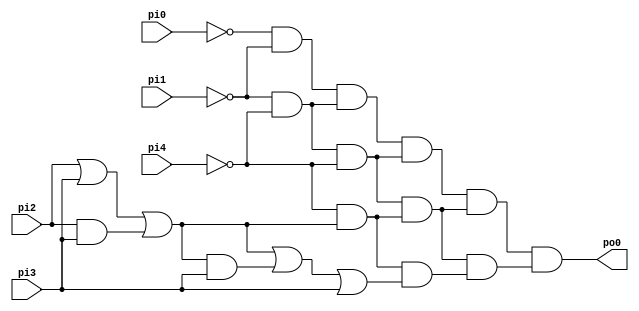
module test_11( pi0, pi1, pi2, pi3, pi4, po0 );
  input pi0, pi1, pi2, pi3, pi4;
  output po0;
  wire tmp0;
  assign tmp0 = ~pi0;
  wire tmp1;
  assign tmp1 = ~pi1;
  wire tmp2;
  assign tmp2 = 1'b0;
  wire tmp3;
  assign tmp3 = (tmp0 & tmp1) | (tmp0 & tmp2) | (tmp1 & tmp2);
  wire tmp4;
  assign tmp4 = ~pi1;
  wire tmp5;
  assign tmp5 = ~pi4;
  wire tmp6;
  assign tmp6 = 1'b0;
  wire tmp7;
  assign tmp7 = (tmp4 & tmp5) | (tmp4 & tmp6) | (tmp5 & tmp6);
  wire tmp8;
  assign tmp8 = 1'b0;
  wire tmp9;
  assign tmp9 = 1'b0;
  wire tmp10;
  assign tmp10 = 1'b0;
  wire tmp11;
  assign tmp11 = (tmp8 & tmp9) | (tmp8 & tmp10) | (tmp9 & tmp10);
  wire tmp12;
  assign tmp12 = (tmp3 & tmp7) | (tmp3 & tmp11) | (tmp7 & tmp11);
  wire tmp13;
  assign tmp13 = ~pi1;
  wire tmp14;
  assign tmp14 = ~pi4;
  wire tmp15;
  assign tmp15 = 1'b0;
  wire tmp16;
  assign tmp16 = (tmp13 & tmp14) | (tmp13 & tmp15) | (tmp14 & tmp15);
  wire tmp17;
  assign tmp17 = ~pi4;
  wire tmp18;
  assign tmp18 = 1'b1;
  wire tmp19;
  assign tmp19 = 1'b0;
  wire tmp20;
  assign tmp20 = (tmp17 & tmp18) | (tmp17 & tmp19) | (tmp18 & tmp19);
  wire tmp21;
  assign tmp21 = 1'b0;
  wire tmp22;
  assign tmp22 = 1'b0;
  wire tmp23;
  assign tmp23 = 1'b0;
  wire tmp24;
  assign tmp24 = (tmp21 & tmp22) | (tmp21 & tmp23) | (tmp22 & tmp23);
  wire tmp25;
  assign tmp25 = (tmp16 & tmp20) | (tmp16 & tmp24) | (tmp20 & tmp24);
  wire tmp26;
  assign tmp26 = 1'b0;
  wire tmp27;
  assign tmp27 = 1'b0;
  wire tmp28;
  assign tmp28 = 1'b0;
  wire tmp29;
  assign tmp29 = (tmp26 & tmp27) | (tmp26 & tmp28) | (tmp27 & tmp28);
  wire tmp30;
  assign tmp30 = 1'b0;
  wire tmp31;
  assign tmp31 = 1'b0;
  wire tmp32;
  assign tmp32 = 1'b0;
  wire tmp33;
  assign tmp33 = (tmp30 & tmp31) | (tmp30 & tmp32) | (tmp31 & tmp32);
  wire tmp34;
  assign tmp34 = 1'b0;
  wire tmp35;
  assign tmp35 = 1'b0;
  wire tmp36;
  assign tmp36 = 1'b0;
  wire tmp37;
  assign tmp37 = (tmp34 & tmp35) | (tmp34 & tmp36) | (tmp35 & tmp36);
  wire tmp38;
  assign tmp38 = (tmp29 & tmp33) | (tmp29 & tmp37) | (tmp33 & tmp37);
  wire tmp39;
  assign tmp39 = (tmp12 & tmp25) | (tmp12 & tmp38) | (tmp25 & tmp38);
  wire tmp40;
  assign tmp40 = ~pi1;
  wire tmp41;
  assign tmp41 = ~pi4;
  wire tmp42;
  assign tmp42 = 1'b0;
  wire tmp43;
  assign tmp43 = (tmp40 & tmp41) | (tmp40 & tmp42) | (tmp41 & tmp42);
  wire tmp44;
  assign tmp44 = ~pi4;
  wire tmp45;
  assign tmp45 = 1'b1;
  wire tmp46;
  assign tmp46 = 1'b0;
  wire tmp47;
  assign tmp47 = (tmp44 & tmp45) | (tmp44 & tmp46) | (tmp45 & tmp46);
  wire tmp48;
  assign tmp48 = 1'b0;
  wire tmp49;
  assign tmp49 = 1'b0;
  wire tmp50;
  assign tmp50 = 1'b0;
  wire tmp51;
  assign tmp51 = (tmp48 & tmp49) | (tmp48 & tmp50) | (tmp49 & tmp50);
  wire tmp52;
  assign tmp52 = (tmp43 & tmp47) | (tmp43 & tmp51) | (tmp47 & tmp51);
  wire tmp53;
  assign tmp53 = ~pi4;
  wire tmp54;
  assign tmp54 = 1'b1;
  wire tmp55;
  assign tmp55 = 1'b0;
  wire tmp56;
  assign tmp56 = (tmp53 & tmp54) | (tmp53 & tmp55) | (tmp54 & tmp55);
  wire tmp57;
  assign tmp57 = 1'b1;
  wire tmp58;
  assign tmp58 = pi2;
  wire tmp59;
  assign tmp59 = pi3;
  wire tmp60;
  assign tmp60 = (tmp57 & tmp58) | (tmp57 & tmp59) | (tmp58 & tmp59);
  wire tmp61;
  assign tmp61 = 1'b0;
  wire tmp62;
  assign tmp62 = pi3;
  wire tmp63;
  assign tmp63 = 1'b0;
  wire tmp64;
  assign tmp64 = (tmp61 & tmp62) | (tmp61 & tmp63) | (tmp62 & tmp63);
  wire tmp65;
  assign tmp65 = (tmp56 & tmp60) | (tmp56 & tmp64) | (tmp60 & tmp64);
  wire tmp66;
  assign tmp66 = 1'b0;
  wire tmp67;
  assign tmp67 = 1'b0;
  wire tmp68;
  assign tmp68 = 1'b0;
  wire tmp69;
  assign tmp69 = (tmp66 & tmp67) | (tmp66 & tmp68) | (tmp67 & tmp68);
  wire tmp70;
  assign tmp70 = 1'b0;
  wire tmp71;
  assign tmp71 = pi3;
  wire tmp72;
  assign tmp72 = 1'b0;
  wire tmp73;
  assign tmp73 = (tmp70 & tmp71) | (tmp70 & tmp72) | (tmp71 & tmp72);
  wire tmp74;
  assign tmp74 = 1'b0;
  wire tmp75;
  assign tmp75 = 1'b0;
  wire tmp76;
  assign tmp76 = 1'b0;
  wire tmp77;
  assign tmp77 = (tmp74 & tmp75) | (tmp74 & tmp76) | (tmp75 & tmp76);
  wire tmp78;
  assign tmp78 = (tmp69 & tmp73) | (tmp69 & tmp77) | (tmp73 & tmp77);
  wire tmp79;
  assign tmp79 = (tmp52 & tmp65) | (tmp52 & tmp78) | (tmp65 & tmp78);
  wire tmp80;
  assign tmp80 = 1'b0;
  wire tmp81;
  assign tmp81 = 1'b0;
  wire tmp82;
  assign tmp82 = 1'b0;
  wire tmp83;
  assign tmp83 = (tmp80 & tmp81) | (tmp80 & tmp82) | (tmp81 & tmp82);
  wire tmp84;
  assign tmp84 = 1'b0;
  wire tmp85;
  assign tmp85 = 1'b0;
  wire tmp86;
  assign tmp86 = 1'b0;
  wire tmp87;
  assign tmp87 = (tmp84 & tmp85) | (tmp84 & tmp86) | (tmp85 & tmp86);
  wire tmp88;
  assign tmp88 = 1'b0;
  wire tmp89;
  assign tmp89 = 1'b0;
  wire tmp90;
  assign tmp90 = 1'b0;
  wire tmp91;
  assign tmp91 = (tmp88 & tmp89) | (tmp88 & tmp90) | (tmp89 & tmp90);
  wire tmp92;
  assign tmp92 = (tmp83 & tmp87) | (tmp83 & tmp91) | (tmp87 & tmp91);
  wire tmp93;
  assign tmp93 = 1'b0;
  wire tmp94;
  assign tmp94 = 1'b0;
  wire tmp95;
  assign tmp95 = 1'b0;
  wire tmp96;
  assign tmp96 = (tmp93 & tmp94) | (tmp93 & tmp95) | (tmp94 & tmp95);
  wire tmp97;
  assign tmp97 = 1'b0;
  wire tmp98;
  assign tmp98 = pi3;
  wire tmp99;
  assign tmp99 = 1'b0;
  wire tmp100;
  assign tmp100 = (tmp97 & tmp98) | (tmp97 & tmp99) | (tmp98 & tmp99);
  wire tmp101;
  assign tmp101 = 1'b0;
  wire tmp102;
  assign tmp102 = 1'b0;
  wire tmp103;
  assign tmp103 = 1'b0;
  wire tmp104;
  assign tmp104 = (tmp101 & tmp102) | (tmp101 & tmp103) | (tmp102 & tmp103);
  wire tmp105;
  assign tmp105 = (tmp96 & tmp100) | (tmp96 & tmp104) | (tmp100 & tmp104);
  wire tmp106;
  assign tmp106 = 1'b0;
  wire tmp107;
  assign tmp107 = 1'b0;
  wire tmp108;
  assign tmp108 = 1'b0;
  wire tmp109;
  assign tmp109 = (tmp106 & tmp107) | (tmp106 & tmp108) | (tmp107 & tmp108);
  wire tmp110;
  assign tmp110 = 1'b0;
  wire tmp111;
  assign tmp111 = 1'b0;
  wire tmp112;
  assign tmp112 = 1'b0;
  wire tmp113;
  assign tmp113 = (tmp110 & tmp111) | (tmp110 & tmp112) | (tmp111 & tmp112);
  wire tmp114;
  assign tmp114 = 1'b0;
  wire tmp115;
  assign tmp115 = 1'b0;
  wire tmp116;
  assign tmp116 = 1'b0;
  wire tmp117;
  assign tmp117 = (tmp114 & tmp115) | (tmp114 & tmp116) | (tmp115 & tmp116);
  wire tmp118;
  assign tmp118 = (tmp109 & tmp113) | (tmp109 & tmp117) | (tmp113 & tmp117);
  wire tmp119;
  assign tmp119 = (tmp92 & tmp105) | (tmp92 & tmp118) | (tmp105 & tmp118);
  wire tmp120;
  assign tmp120 = (tmp39 & tmp79) | (tmp39 & tmp119) | (tmp79 & tmp119);
  wire tmp121;
  assign tmp121 = ~pi1;
  wire tmp122;
  assign tmp122 = ~pi4;
  wire tmp123;
  assign tmp123 = 1'b0;
  wire tmp124;
  assign tmp124 = (tmp121 & tmp122) | (tmp121 & tmp123) | (tmp122 & tmp123);
  wire tmp125;
  assign tmp125 = ~pi4;
  wire tmp126;
  assign tmp126 = 1'b1;
  wire tmp127;
  assign tmp127 = 1'b0;
  wire tmp128;
  assign tmp128 = (tmp125 & tmp126) | (tmp125 & tmp127) | (tmp126 & tmp127);
  wire tmp129;
  assign tmp129 = 1'b0;
  wire tmp130;
  assign tmp130 = 1'b0;
  wire tmp131;
  assign tmp131 = 1'b0;
  wire tmp132;
  assign tmp132 = (tmp129 & tmp130) | (tmp129 & tmp131) | (tmp130 & tmp131);
  wire tmp133;
  assign tmp133 = (tmp124 & tmp128) | (tmp124 & tmp132) | (tmp128 & tmp132);
  wire tmp134;
  assign tmp134 = ~pi4;
  wire tmp135;
  assign tmp135 = 1'b1;
  wire tmp136;
  assign tmp136 = 1'b0;
  wire tmp137;
  assign tmp137 = (tmp134 & tmp135) | (tmp134 & tmp136) | (tmp135 & tmp136);
  wire tmp138;
  assign tmp138 = 1'b1;
  wire tmp139;
  assign tmp139 = pi2;
  wire tmp140;
  assign tmp140 = pi3;
  wire tmp141;
  assign tmp141 = (tmp138 & tmp139) | (tmp138 & tmp140) | (tmp139 & tmp140);
  wire tmp142;
  assign tmp142 = 1'b0;
  wire tmp143;
  assign tmp143 = pi3;
  wire tmp144;
  assign tmp144 = 1'b0;
  wire tmp145;
  assign tmp145 = (tmp142 & tmp143) | (tmp142 & tmp144) | (tmp143 & tmp144);
  wire tmp146;
  assign tmp146 = (tmp137 & tmp141) | (tmp137 & tmp145) | (tmp141 & tmp145);
  wire tmp147;
  assign tmp147 = 1'b0;
  wire tmp148;
  assign tmp148 = 1'b0;
  wire tmp149;
  assign tmp149 = 1'b0;
  wire tmp150;
  assign tmp150 = (tmp147 & tmp148) | (tmp147 & tmp149) | (tmp148 & tmp149);
  wire tmp151;
  assign tmp151 = 1'b0;
  wire tmp152;
  assign tmp152 = pi3;
  wire tmp153;
  assign tmp153 = 1'b0;
  wire tmp154;
  assign tmp154 = (tmp151 & tmp152) | (tmp151 & tmp153) | (tmp152 & tmp153);
  wire tmp155;
  assign tmp155 = 1'b0;
  wire tmp156;
  assign tmp156 = 1'b0;
  wire tmp157;
  assign tmp157 = 1'b0;
  wire tmp158;
  assign tmp158 = (tmp155 & tmp156) | (tmp155 & tmp157) | (tmp156 & tmp157);
  wire tmp159;
  assign tmp159 = (tmp150 & tmp154) | (tmp150 & tmp158) | (tmp154 & tmp158);
  wire tmp160;
  assign tmp160 = (tmp133 & tmp146) | (tmp133 & tmp159) | (tmp146 & tmp159);
  wire tmp161;
  assign tmp161 = ~pi4;
  wire tmp162;
  assign tmp162 = 1'b1;
  wire tmp163;
  assign tmp163 = 1'b0;
  wire tmp164;
  assign tmp164 = (tmp161 & tmp162) | (tmp161 & tmp163) | (tmp162 & tmp163);
  wire tmp165;
  assign tmp165 = 1'b1;
  wire tmp166;
  assign tmp166 = pi2;
  wire tmp167;
  assign tmp167 = pi3;
  wire tmp168;
  assign tmp168 = (tmp165 & tmp166) | (tmp165 & tmp167) | (tmp166 & tmp167);
  wire tmp169;
  assign tmp169 = 1'b0;
  wire tmp170;
  assign tmp170 = pi3;
  wire tmp171;
  assign tmp171 = 1'b0;
  wire tmp172;
  assign tmp172 = (tmp169 & tmp170) | (tmp169 & tmp171) | (tmp170 & tmp171);
  wire tmp173;
  assign tmp173 = (tmp164 & tmp168) | (tmp164 & tmp172) | (tmp168 & tmp172);
  wire tmp174;
  assign tmp174 = 1'b1;
  wire tmp175;
  assign tmp175 = pi2;
  wire tmp176;
  assign tmp176 = pi3;
  wire tmp177;
  assign tmp177 = (tmp174 & tmp175) | (tmp174 & tmp176) | (tmp175 & tmp176);
  wire tmp178;
  assign tmp178 = pi2;
  wire tmp179;
  assign tmp179 = 1'b1;
  wire tmp180;
  assign tmp180 = 1'b1;
  wire tmp181;
  assign tmp181 = (tmp178 & tmp179) | (tmp178 & tmp180) | (tmp179 & tmp180);
  wire tmp182;
  assign tmp182 = pi3;
  wire tmp183;
  assign tmp183 = 1'b1;
  wire tmp184;
  assign tmp184 = 1'b0;
  wire tmp185;
  assign tmp185 = (tmp182 & tmp183) | (tmp182 & tmp184) | (tmp183 & tmp184);
  wire tmp186;
  assign tmp186 = (tmp177 & tmp181) | (tmp177 & tmp185) | (tmp181 & tmp185);
  wire tmp187;
  assign tmp187 = 1'b0;
  wire tmp188;
  assign tmp188 = pi3;
  wire tmp189;
  assign tmp189 = 1'b0;
  wire tmp190;
  assign tmp190 = (tmp187 & tmp188) | (tmp187 & tmp189) | (tmp188 & tmp189);
  wire tmp191;
  assign tmp191 = pi3;
  wire tmp192;
  assign tmp192 = 1'b1;
  wire tmp193;
  assign tmp193 = 1'b0;
  wire tmp194;
  assign tmp194 = (tmp191 & tmp192) | (tmp191 & tmp193) | (tmp192 & tmp193);
  wire tmp195;
  assign tmp195 = 1'b0;
  wire tmp196;
  assign tmp196 = 1'b0;
  wire tmp197;
  assign tmp197 = 1'b0;
  wire tmp198;
  assign tmp198 = (tmp195 & tmp196) | (tmp195 & tmp197) | (tmp196 & tmp197);
  wire tmp199;
  assign tmp199 = (tmp190 & tmp194) | (tmp190 & tmp198) | (tmp194 & tmp198);
  wire tmp200;
  assign tmp200 = (tmp173 & tmp186) | (tmp173 & tmp199) | (tmp186 & tmp199);
  wire tmp201;
  assign tmp201 = 1'b0;
  wire tmp202;
  assign tmp202 = 1'b0;
  wire tmp203;
  assign tmp203 = 1'b0;
  wire tmp204;
  assign tmp204 = (tmp201 & tmp202) | (tmp201 & tmp203) | (tmp202 & tmp203);
  wire tmp205;
  assign tmp205 = 1'b0;
  wire tmp206;
  assign tmp206 = pi3;
  wire tmp207;
  assign tmp207 = 1'b0;
  wire tmp208;
  assign tmp208 = (tmp205 & tmp206) | (tmp205 & tmp207) | (tmp206 & tmp207);
  wire tmp209;
  assign tmp209 = 1'b0;
  wire tmp210;
  assign tmp210 = 1'b0;
  wire tmp211;
  assign tmp211 = 1'b0;
  wire tmp212;
  assign tmp212 = (tmp209 & tmp210) | (tmp209 & tmp211) | (tmp210 & tmp211);
  wire tmp213;
  assign tmp213 = (tmp204 & tmp208) | (tmp204 & tmp212) | (tmp208 & tmp212);
  wire tmp214;
  assign tmp214 = 1'b0;
  wire tmp215;
  assign tmp215 = pi3;
  wire tmp216;
  assign tmp216 = 1'b0;
  wire tmp217;
  assign tmp217 = (tmp214 & tmp215) | (tmp214 & tmp216) | (tmp215 & tmp216);
  wire tmp218;
  assign tmp218 = pi3;
  wire tmp219;
  assign tmp219 = 1'b1;
  wire tmp220;
  assign tmp220 = 1'b0;
  wire tmp221;
  assign tmp221 = (tmp218 & tmp219) | (tmp218 & tmp220) | (tmp219 & tmp220);
  wire tmp222;
  assign tmp222 = 1'b0;
  wire tmp223;
  assign tmp223 = 1'b0;
  wire tmp224;
  assign tmp224 = 1'b0;
  wire tmp225;
  assign tmp225 = (tmp222 & tmp223) | (tmp222 & tmp224) | (tmp223 & tmp224);
  wire tmp226;
  assign tmp226 = (tmp217 & tmp221) | (tmp217 & tmp225) | (tmp221 & tmp225);
  wire tmp227;
  assign tmp227 = 1'b0;
  wire tmp228;
  assign tmp228 = 1'b0;
  wire tmp229;
  assign tmp229 = 1'b0;
  wire tmp230;
  assign tmp230 = (tmp227 & tmp228) | (tmp227 & tmp229) | (tmp228 & tmp229);
  wire tmp231;
  assign tmp231 = 1'b0;
  wire tmp232;
  assign tmp232 = 1'b0;
  wire tmp233;
  assign tmp233 = 1'b0;
  wire tmp234;
  assign tmp234 = (tmp231 & tmp232) | (tmp231 & tmp233) | (tmp232 & tmp233);
  wire tmp235;
  assign tmp235 = 1'b0;
  wire tmp236;
  assign tmp236 = 1'b0;
  wire tmp237;
  assign tmp237 = 1'b0;
  wire tmp238;
  assign tmp238 = (tmp235 & tmp236) | (tmp235 & tmp237) | (tmp236 & tmp237);
  wire tmp239;
  assign tmp239 = (tmp230 & tmp234) | (tmp230 & tmp238) | (tmp234 & tmp238);
  wire tmp240;
  assign tmp240 = (tmp213 & tmp226) | (tmp213 & tmp239) | (tmp226 & tmp239);
  wire tmp241;
  assign tmp241 = (tmp160 & tmp200) | (tmp160 & tmp240) | (tmp200 & tmp240);
  wire tmp242;
  assign tmp242 = 1'b0;
  wire tmp243;
  assign tmp243 = 1'b0;
  wire tmp244;
  assign tmp244 = 1'b0;
  wire tmp245;
  assign tmp245 = (tmp242 & tmp243) | (tmp242 & tmp244) | (tmp243 & tmp244);
  wire tmp246;
  assign tmp246 = 1'b0;
  wire tmp247;
  assign tmp247 = 1'b0;
  wire tmp248;
  assign tmp248 = 1'b0;
  wire tmp249;
  assign tmp249 = (tmp246 & tmp247) | (tmp246 & tmp248) | (tmp247 & tmp248);
  wire tmp250;
  assign tmp250 = 1'b0;
  wire tmp251;
  assign tmp251 = 1'b0;
  wire tmp252;
  assign tmp252 = 1'b0;
  wire tmp253;
  assign tmp253 = (tmp250 & tmp251) | (tmp250 & tmp252) | (tmp251 & tmp252);
  wire tmp254;
  assign tmp254 = (tmp245 & tmp249) | (tmp245 & tmp253) | (tmp249 & tmp253);
  wire tmp255;
  assign tmp255 = 1'b0;
  wire tmp256;
  assign tmp256 = 1'b0;
  wire tmp257;
  assign tmp257 = 1'b0;
  wire tmp258;
  assign tmp258 = (tmp255 & tmp256) | (tmp255 & tmp257) | (tmp256 & tmp257);
  wire tmp259;
  assign tmp259 = 1'b0;
  wire tmp260;
  assign tmp260 = pi3;
  wire tmp261;
  assign tmp261 = 1'b0;
  wire tmp262;
  assign tmp262 = (tmp259 & tmp260) | (tmp259 & tmp261) | (tmp260 & tmp261);
  wire tmp263;
  assign tmp263 = 1'b0;
  wire tmp264;
  assign tmp264 = 1'b0;
  wire tmp265;
  assign tmp265 = 1'b0;
  wire tmp266;
  assign tmp266 = (tmp263 & tmp264) | (tmp263 & tmp265) | (tmp264 & tmp265);
  wire tmp267;
  assign tmp267 = (tmp258 & tmp262) | (tmp258 & tmp266) | (tmp262 & tmp266);
  wire tmp268;
  assign tmp268 = 1'b0;
  wire tmp269;
  assign tmp269 = 1'b0;
  wire tmp270;
  assign tmp270 = 1'b0;
  wire tmp271;
  assign tmp271 = (tmp268 & tmp269) | (tmp268 & tmp270) | (tmp269 & tmp270);
  wire tmp272;
  assign tmp272 = 1'b0;
  wire tmp273;
  assign tmp273 = 1'b0;
  wire tmp274;
  assign tmp274 = 1'b0;
  wire tmp275;
  assign tmp275 = (tmp272 & tmp273) | (tmp272 & tmp274) | (tmp273 & tmp274);
  wire tmp276;
  assign tmp276 = 1'b0;
  wire tmp277;
  assign tmp277 = 1'b0;
  wire tmp278;
  assign tmp278 = 1'b0;
  wire tmp279;
  assign tmp279 = (tmp276 & tmp277) | (tmp276 & tmp278) | (tmp277 & tmp278);
  wire tmp280;
  assign tmp280 = (tmp271 & tmp275) | (tmp271 & tmp279) | (tmp275 & tmp279);
  wire tmp281;
  assign tmp281 = (tmp254 & tmp267) | (tmp254 & tmp280) | (tmp267 & tmp280);
  wire tmp282;
  assign tmp282 = 1'b0;
  wire tmp283;
  assign tmp283 = 1'b0;
  wire tmp284;
  assign tmp284 = 1'b0;
  wire tmp285;
  assign tmp285 = (tmp282 & tmp283) | (tmp282 & tmp284) | (tmp283 & tmp284);
  wire tmp286;
  assign tmp286 = 1'b0;
  wire tmp287;
  assign tmp287 = pi3;
  wire tmp288;
  assign tmp288 = 1'b0;
  wire tmp289;
  assign tmp289 = (tmp286 & tmp287) | (tmp286 & tmp288) | (tmp287 & tmp288);
  wire tmp290;
  assign tmp290 = 1'b0;
  wire tmp291;
  assign tmp291 = 1'b0;
  wire tmp292;
  assign tmp292 = 1'b0;
  wire tmp293;
  assign tmp293 = (tmp290 & tmp291) | (tmp290 & tmp292) | (tmp291 & tmp292);
  wire tmp294;
  assign tmp294 = (tmp285 & tmp289) | (tmp285 & tmp293) | (tmp289 & tmp293);
  wire tmp295;
  assign tmp295 = 1'b0;
  wire tmp296;
  assign tmp296 = pi3;
  wire tmp297;
  assign tmp297 = 1'b0;
  wire tmp298;
  assign tmp298 = (tmp295 & tmp296) | (tmp295 & tmp297) | (tmp296 & tmp297);
  wire tmp299;
  assign tmp299 = pi3;
  wire tmp300;
  assign tmp300 = 1'b1;
  wire tmp301;
  assign tmp301 = 1'b0;
  wire tmp302;
  assign tmp302 = (tmp299 & tmp300) | (tmp299 & tmp301) | (tmp300 & tmp301);
  wire tmp303;
  assign tmp303 = 1'b0;
  wire tmp304;
  assign tmp304 = 1'b0;
  wire tmp305;
  assign tmp305 = 1'b0;
  wire tmp306;
  assign tmp306 = (tmp303 & tmp304) | (tmp303 & tmp305) | (tmp304 & tmp305);
  wire tmp307;
  assign tmp307 = (tmp298 & tmp302) | (tmp298 & tmp306) | (tmp302 & tmp306);
  wire tmp308;
  assign tmp308 = 1'b0;
  wire tmp309;
  assign tmp309 = 1'b0;
  wire tmp310;
  assign tmp310 = 1'b0;
  wire tmp311;
  assign tmp311 = (tmp308 & tmp309) | (tmp308 & tmp310) | (tmp309 & tmp310);
  wire tmp312;
  assign tmp312 = 1'b0;
  wire tmp313;
  assign tmp313 = 1'b0;
  wire tmp314;
  assign tmp314 = 1'b0;
  wire tmp315;
  assign tmp315 = (tmp312 & tmp313) | (tmp312 & tmp314) | (tmp313 & tmp314);
  wire tmp316;
  assign tmp316 = 1'b0;
  wire tmp317;
  assign tmp317 = 1'b0;
  wire tmp318;
  assign tmp318 = 1'b0;
  wire tmp319;
  assign tmp319 = (tmp316 & tmp317) | (tmp316 & tmp318) | (tmp317 & tmp318);
  wire tmp320;
  assign tmp320 = (tmp311 & tmp315) | (tmp311 & tmp319) | (tmp315 & tmp319);
  wire tmp321;
  assign tmp321 = (tmp294 & tmp307) | (tmp294 & tmp320) | (tmp307 & tmp320);
  wire tmp322;
  assign tmp322 = 1'b0;
  wire tmp323;
  assign tmp323 = 1'b0;
  wire tmp324;
  assign tmp324 = 1'b0;
  wire tmp325;
  assign tmp325 = (tmp322 & tmp323) | (tmp322 & tmp324) | (tmp323 & tmp324);
  wire tmp326;
  assign tmp326 = 1'b0;
  wire tmp327;
  assign tmp327 = 1'b0;
  wire tmp328;
  assign tmp328 = 1'b0;
  wire tmp329;
  assign tmp329 = (tmp326 & tmp327) | (tmp326 & tmp328) | (tmp327 & tmp328);
  wire tmp330;
  assign tmp330 = 1'b0;
  wire tmp331;
  assign tmp331 = 1'b0;
  wire tmp332;
  assign tmp332 = 1'b0;
  wire tmp333;
  assign tmp333 = (tmp330 & tmp331) | (tmp330 & tmp332) | (tmp331 & tmp332);
  wire tmp334;
  assign tmp334 = (tmp325 & tmp329) | (tmp325 & tmp333) | (tmp329 & tmp333);
  wire tmp335;
  assign tmp335 = 1'b0;
  wire tmp336;
  assign tmp336 = 1'b0;
  wire tmp337;
  assign tmp337 = 1'b0;
  wire tmp338;
  assign tmp338 = (tmp335 & tmp336) | (tmp335 & tmp337) | (tmp336 & tmp337);
  wire tmp339;
  assign tmp339 = 1'b0;
  wire tmp340;
  assign tmp340 = 1'b0;
  wire tmp341;
  assign tmp341 = 1'b0;
  wire tmp342;
  assign tmp342 = (tmp339 & tmp340) | (tmp339 & tmp341) | (tmp340 & tmp341);
  wire tmp343;
  assign tmp343 = 1'b0;
  wire tmp344;
  assign tmp344 = 1'b0;
  wire tmp345;
  assign tmp345 = 1'b0;
  wire tmp346;
  assign tmp346 = (tmp343 & tmp344) | (tmp343 & tmp345) | (tmp344 & tmp345);
  wire tmp347;
  assign tmp347 = (tmp338 & tmp342) | (tmp338 & tmp346) | (tmp342 & tmp346);
  wire tmp348;
  assign tmp348 = 1'b0;
  wire tmp349;
  assign tmp349 = 1'b0;
  wire tmp350;
  assign tmp350 = 1'b0;
  wire tmp351;
  assign tmp351 = (tmp348 & tmp349) | (tmp348 & tmp350) | (tmp349 & tmp350);
  wire tmp352;
  assign tmp352 = 1'b0;
  wire tmp353;
  assign tmp353 = 1'b0;
  wire tmp354;
  assign tmp354 = 1'b0;
  wire tmp355;
  assign tmp355 = (tmp352 & tmp353) | (tmp352 & tmp354) | (tmp353 & tmp354);
  wire tmp356;
  assign tmp356 = 1'b0;
  wire tmp357;
  assign tmp357 = 1'b0;
  wire tmp358;
  assign tmp358 = 1'b0;
  wire tmp359;
  assign tmp359 = (tmp356 & tmp357) | (tmp356 & tmp358) | (tmp357 & tmp358);
  wire tmp360;
  assign tmp360 = (tmp351 & tmp355) | (tmp351 & tmp359) | (tmp355 & tmp359);
  wire tmp361;
  assign tmp361 = (tmp334 & tmp347) | (tmp334 & tmp360) | (tmp347 & tmp360);
  wire tmp362;
  assign tmp362 = (tmp281 & tmp321) | (tmp281 & tmp361) | (tmp321 & tmp361);
  wire tmp363;
  assign tmp363 = (tmp120 & tmp241) | (tmp120 & tmp362) | (tmp241 & tmp362);
  assign po0 = tmp363;
endmodule // test_11